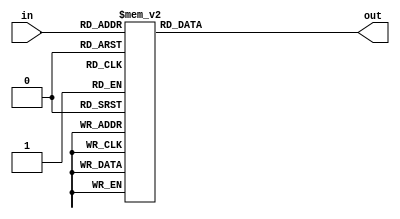
//////////////////////////////////////////////////////////////////////////////////
// Company: NTHU
//
// Module Name: decoder and seven_segment endcoder
// Project Name:Chip2Chip
// Additional Comments: display utility modules.
//////////////////////////////////////////////////////////////////////////////////

module decoder(in, out);
	input [3-1:0] in;
	output reg [7:0] out;
	always@(*) begin
		case(in)
			3'b000: out = 8'b0000_0001;
			3'b001: out = 8'b0000_0010;
			3'b010: out = 8'b0000_0100;
			3'b011: out = 8'b0000_1000;
			3'b100: out = 8'b0001_0000;
			3'b101: out = 8'b0010_0000;
			3'b110: out = 8'b0100_0000;
			3'b111: out = 8'b1000_0000;
		endcase
	end
endmodule

module seven_segment(in, out);
    input [8-1:0] in;
    output reg [7-1:0] out;
    always@(*) begin
        out[0] = (in[1]|in[4]);//A
        out[1] = (in[5]|in[6]);//B
        out[2] = (in[2]);//C
        out[3] = (in[1]|in[4]|in[7]);//D
        out[4] = (in[1]|in[3]|in[4]|in[5]|in[7]);//E
        out[5] = (in[1]|in[2]|in[3]|in[7]);//F
        out[6] = (in[0]|in[1]|in[7]);//G
    end
endmodule